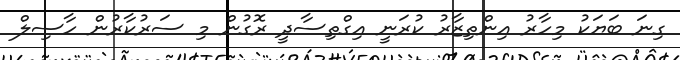
ގިނަ ބަޔަކު މިހާރު އިންތިޒާރު ކުރަނީ އިގްތިސާދީ ރޮގުން މި ސަރުކާރުން ހާސިލް